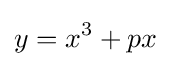
y=x^{3}+px